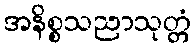
အနိစ္စသညာသုတ္တံ